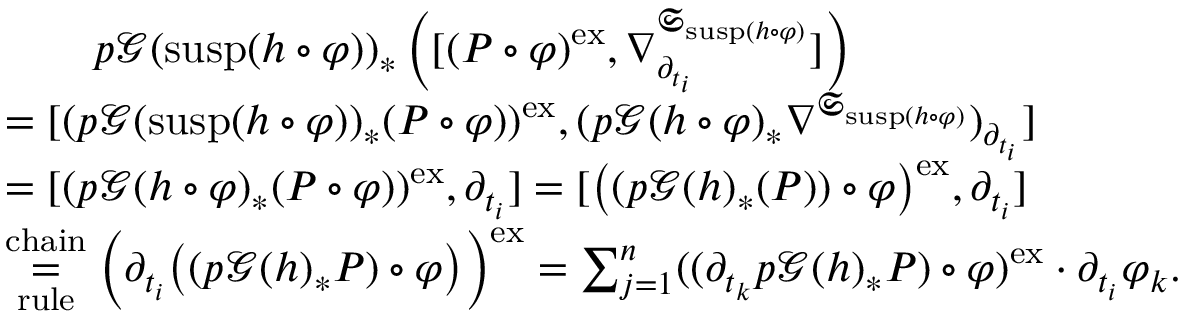
\begin{array} { r l } & { \qquad p \mathcal { G } ( \mathrm { s u s p } ( h \circ \varphi ) ) _ { \ast } \left( \lbrack ( P \circ \varphi ) ^ { \mathrm { e x } } , \nabla _ { \partial _ { t _ { i } } } ^ { \mathfrak { S } _ { \mathrm { s u s p } ( h \circ \varphi ) } } \rbrack \right) } \\ & { = \lbrack ( p \mathcal { G } ( \mathrm { s u s p } ( h \circ \varphi ) ) _ { \ast } ( P \circ \varphi ) ) ^ { \mathrm { e x } } , ( p \mathcal { G } ( h \circ \varphi ) _ { \ast } \nabla ^ { \mathfrak { S } _ { \mathrm { s u s p } ( h \circ \varphi ) } } ) _ { \partial _ { t _ { i } } } \rbrack } \\ & { = \lbrack ( p \mathcal { G } ( h \circ \varphi ) _ { \ast } ( P \circ \varphi ) ) ^ { \mathrm { e x } } , \partial _ { t _ { i } } \rbrack = \lbrack \bigl ( ( p \mathcal { G } ( h ) _ { \ast } ( P ) ) \circ \varphi \bigr ) ^ { \mathrm { e x } } , \partial _ { t _ { i } } \rbrack } \\ & { \underset { \mathrm { r u l e } } { \overset { \mathrm { c h a i n } } { = } } \Bigl ( \partial _ { t _ { i } } \bigl ( ( p \mathcal { G } ( h ) _ { \ast } P ) \circ \varphi \bigr ) \Bigr ) ^ { \mathrm { e x } } = \sum _ { j = 1 } ^ { n } ( ( \partial _ { t _ { k } } p \mathcal { G } ( h ) _ { \ast } P ) \circ \varphi ) ^ { \mathrm { e x } } \cdot \partial _ { t _ { i } } \varphi _ { k } . } \end{array}